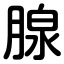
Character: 腺